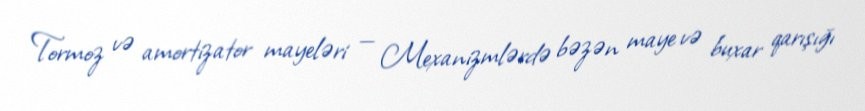
Tormoz və amortizator mayeləri — Mexanizmlərdə bəzən maye və buxar qarışığı